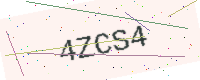
Text: 4ZCS4